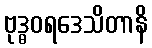
ဗုဒ္ဓဝရဒေသိတာနိ